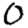
Digit: 0